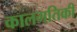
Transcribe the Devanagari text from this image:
कालगतिकी